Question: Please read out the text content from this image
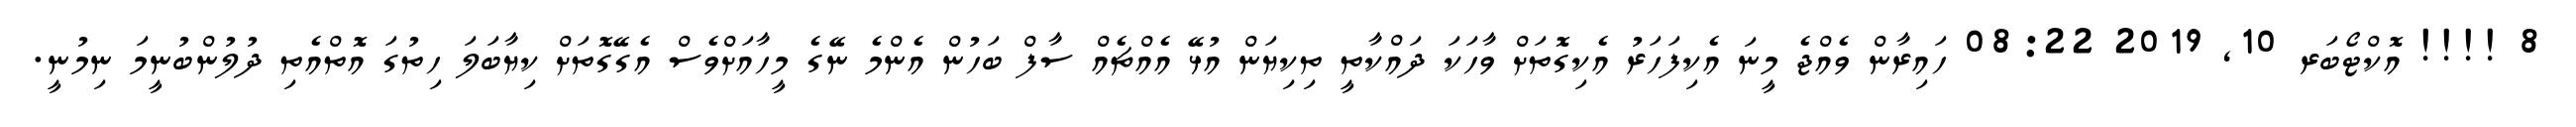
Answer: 8 !!!! އޮކްޓޯބަރ 10, 2019 08:22 ހައިރާން ވެއްޖެ މީނަ އެކިފަހަރު އެކިގޮތަށް ވާހަކަ ދައްކާތީ ތިކިޔަން އުޅޭ އެއްޗެއް ސާފް ބަހުން އެންމެ ނޭގެ މީހާއަށްވެސް އެގޭގޮތަށް ކިޔާބަލަ ހިތުގަ އޮތްއެތި ދުލުންބުނީމަ ނިމުނީ.